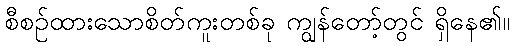
စီစဉ်ထားသောစိတ်ကူးတစ်ခု ကျွန်တော့်တွင် ရှိနေ၏။